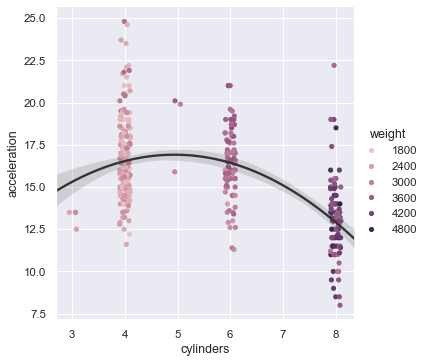
python, seaborn, catplot, regplot